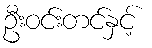
ဦးဝင်းတင်နှင့်